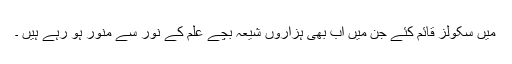
میں سکولز قائم کئے جن میں اب بھی ہزاروں شیعہ بچے علم کے نور سے منور ہو رہے ہیں ۔